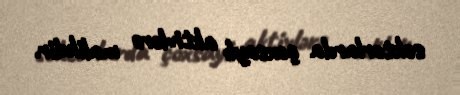
sektorlarda çoxsaylı aktivlərə malikdir.